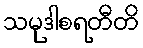
သမုဒါစရတီတိ